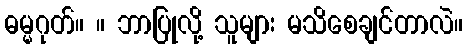
ဓမ္မဂုတ်။ ။ ဘာပြုလို့ သူများ မသိစေချင်တာလဲ။